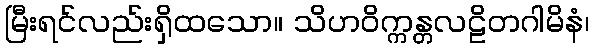
မြီးရင်လည်းရှိထသော။ သိဟဝိက္ကန္တလဠိတဂါမိနံ၊